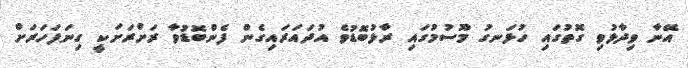
އޭނާ ވިދާޅުވި ގޮތުގައި ހުޅަނގު މޫސުމުގައި ރާޅުބޮޑުވެ އުދައަރައިގެން ފެންބޮޑުވާ ރަށްރަށަކީ ގިނަފަހަރަށް